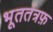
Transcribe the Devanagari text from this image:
भूततंत्रफ़